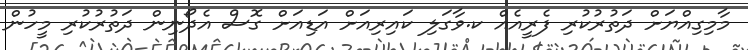
މާމިގިއްޔަށް ދަތުރުކުރި ފެރީއެއް ކ.ވާގަލި ކައިރިއަށް އަޑިއަށް ގޮސް އެދޯނިން ދަތުރުކުރި މީހުން